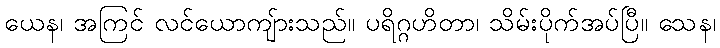
ယေန၊ အကြင် လင်ယောကျ်ားသည်။ ပရိဂ္ဂဟိတာ၊ သိမ်းပိုက်အပ်ပြီ။ သေန၊